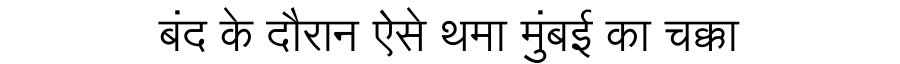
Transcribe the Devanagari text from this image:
बंद के दौरान ऐसे थमा मुंबई का चक्का